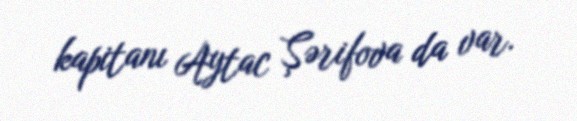
kapitanı Aytac Şərifova da var.